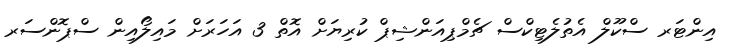
އިންޓަރ ސްކޫލް އެތުލެޓިކްސް ޗެމްޕިއަންޝިޕް ކުރިޔަށް އޮތް 3 އަހަރަށް މައިލޯއިން ސްޕޮންސަރ